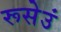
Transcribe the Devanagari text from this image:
रूसेउं